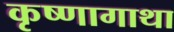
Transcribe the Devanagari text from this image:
कृष्णागाथा